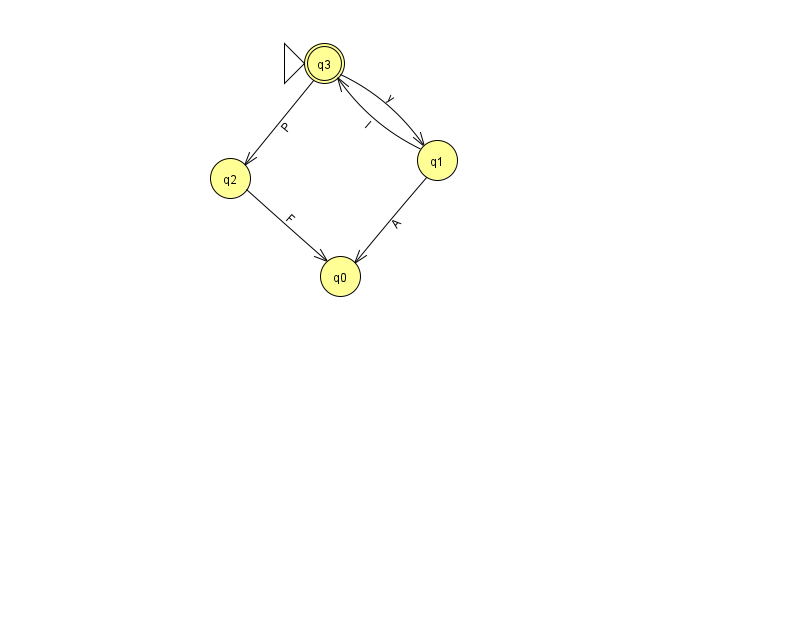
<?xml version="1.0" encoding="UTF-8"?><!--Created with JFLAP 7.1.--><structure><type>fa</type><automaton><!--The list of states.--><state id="0" name="q0"><x>340.0</x><y>263.0</y></state><state id="1" name="q1"><x>437.0</x><y>147.0</y></state><state id="2" name="q2"><x>230.0</x><y>165.0</y></state><state id="3" name="q3"><x>324.0</x><y>50.0</y><initial/><final/></state><!--The list of transitions.--><transition><from>1</from><to>3</to><read>I</read></transition><transition><from>3</from><to>1</to><read>y</read></transition><transition><from>3</from><to>2</to><read>P</read></transition><transition><from>1</from><to>0</to><read>A</read></transition><transition><from>2</from><to>0</to><read>F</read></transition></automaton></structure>